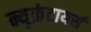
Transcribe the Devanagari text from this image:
न्यूफ्रंटायर्स